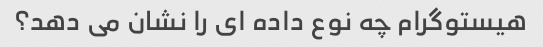
هیستوگرام چه نوع داده ای را نشان می دهد؟